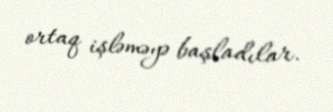
ortaq işləməyə başladılar.